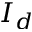
I _ { d }